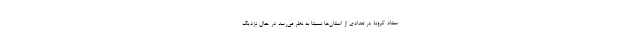
ستاد کرونا، در تعدادی از استان‌ها نسبتا به نظر می‌رسد در حال نزدیک